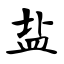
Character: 盐